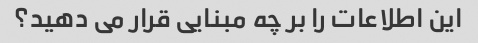
این اطلاعات را بر چه مبنایی قرار می دهید؟